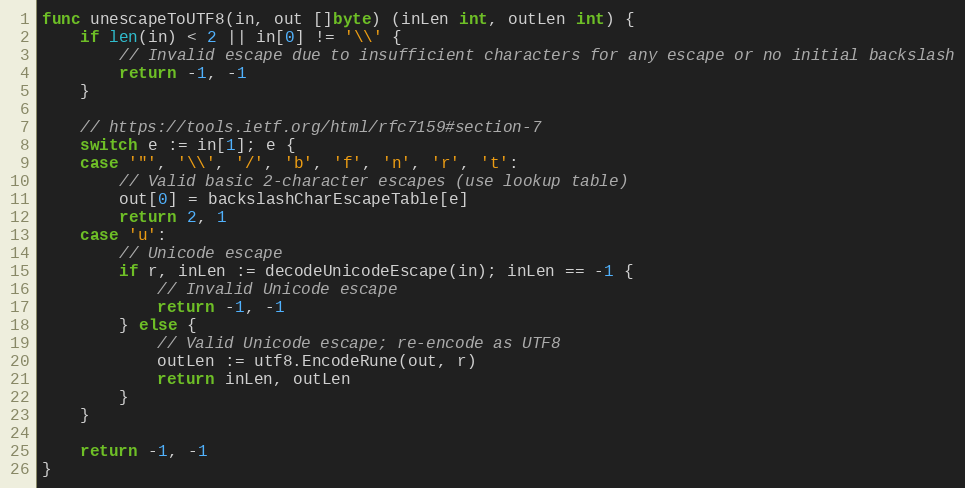
Language: Go
func unescapeToUTF8(in, out []byte) (inLen int, outLen int) {
	if len(in) < 2 || in[0] != '\\' {
		// Invalid escape due to insufficient characters for any escape or no initial backslash
		return -1, -1
	}

	// https://tools.ietf.org/html/rfc7159#section-7
	switch e := in[1]; e {
	case '"', '\\', '/', 'b', 'f', 'n', 'r', 't':
		// Valid basic 2-character escapes (use lookup table)
		out[0] = backslashCharEscapeTable[e]
		return 2, 1
	case 'u':
		// Unicode escape
		if r, inLen := decodeUnicodeEscape(in); inLen == -1 {
			// Invalid Unicode escape
			return -1, -1
		} else {
			// Valid Unicode escape; re-encode as UTF8
			outLen := utf8.EncodeRune(out, r)
			return inLen, outLen
		}
	}

	return -1, -1
}